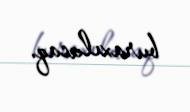
buraxılacaq.